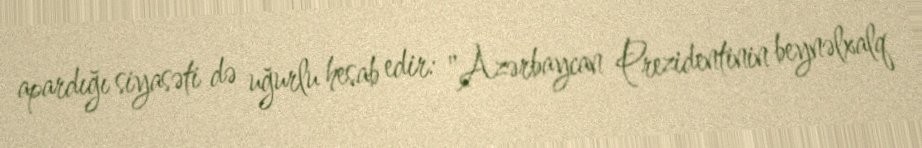
apardığı siyasəti də uğurlu hesab edir: "Azərbaycan Prezidentinin beynəlxalq